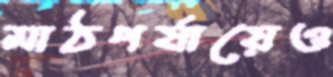
মাঠপর্যায়েও